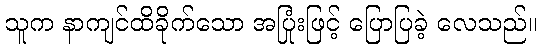
သူက နာကျင်ထိခိုက်သော အပြုံးဖြင့် ပြောပြခဲ့ လေသည်။